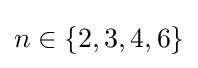
n\in \{2,3,4,6\}